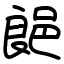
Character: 郒